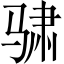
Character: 骕